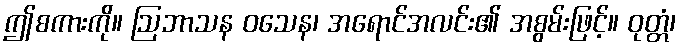
ဤစကားကို။ ဩဘာသန ဝသေန၊ အရောင်အလင်း၏ အစွမ်းဖြင့်။ ဝုတ္တံ၊